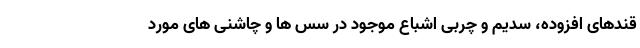
قندهای افزوده، سدیم و چربی اشباع موجود در سس ها و چاشنی های مورد